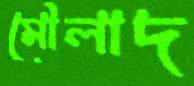
মৌলাদ